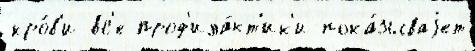
кро́в'и вс'е проф'ила́кт'ик'и пока́зываjет